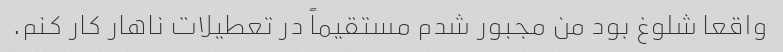
واقعا شلوغ بود من مجبور شدم مستقیماً در تعطیلات ناهار کار کنم.